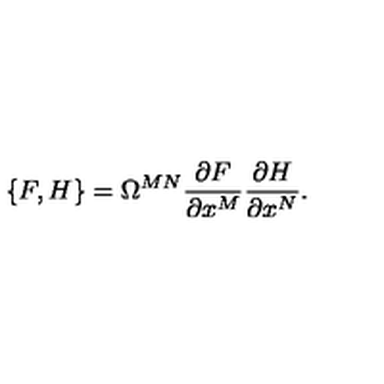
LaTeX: \{ F , H \} = \Omega ^ { M N } \frac { \partial F } { \partial x ^ { M } } \frac { \partial H } { \partial x ^ { N } } .